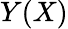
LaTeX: Y(X)